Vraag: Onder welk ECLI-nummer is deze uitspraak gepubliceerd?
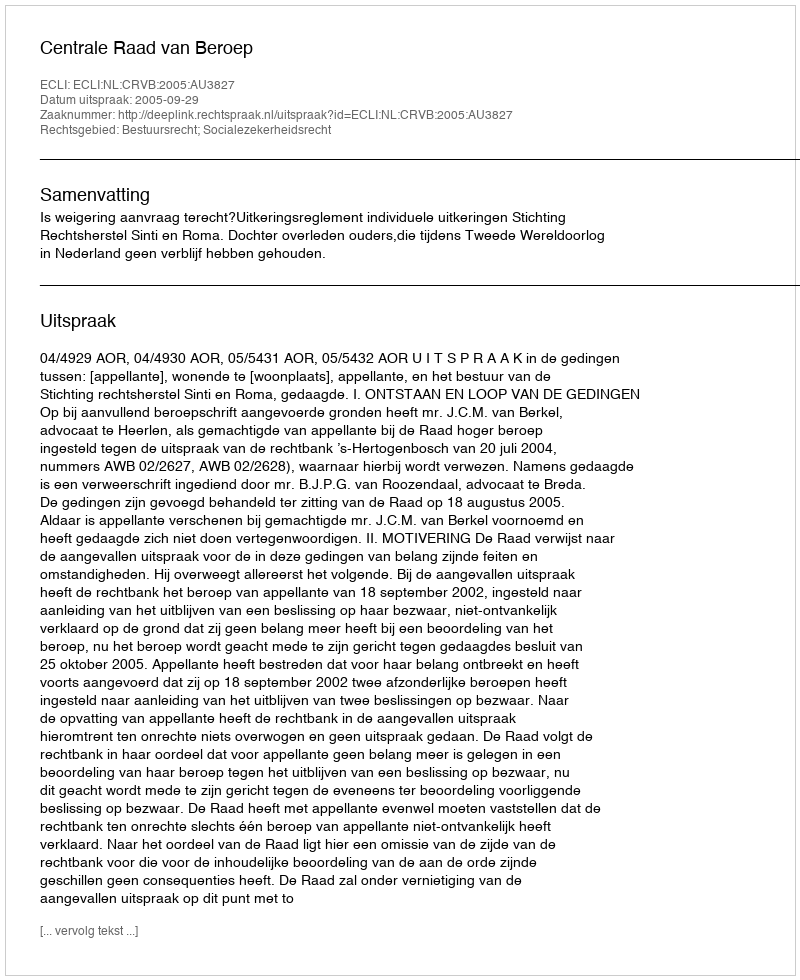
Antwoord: ECLI:NL:CRVB:2005:AU3827